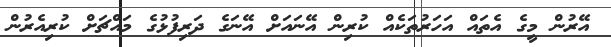
އޭރުން މީގެ އެތައް އަހަރުތަކެއް ކުރިން އޭނައަށް އޭނަގެ ދަރިފުޅުގެ މައްޗަށް ކުރިއެރުން